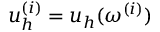
u _ { h } ^ { ( i ) } = u _ { h } ( \boldsymbol { \omega } ^ { ( i ) } )